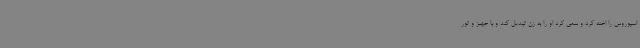
اسپوروس را اخته کرد و سعی کرد او را به زن تبدیل کند و با جهیز و تور